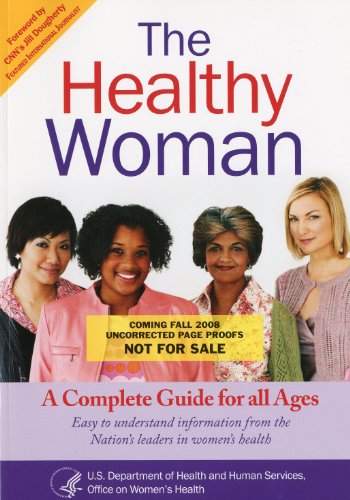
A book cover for The Healthy Woman: A Complete Guide for All Ages; HHS Office on Women's Health; Health, Fitness & Dieting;